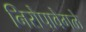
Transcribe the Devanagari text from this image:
निरोपावेगळे